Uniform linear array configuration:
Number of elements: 12
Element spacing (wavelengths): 0.25
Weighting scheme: uniform
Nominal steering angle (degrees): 60
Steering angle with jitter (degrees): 59.92
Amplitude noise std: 0.05
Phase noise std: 0.05

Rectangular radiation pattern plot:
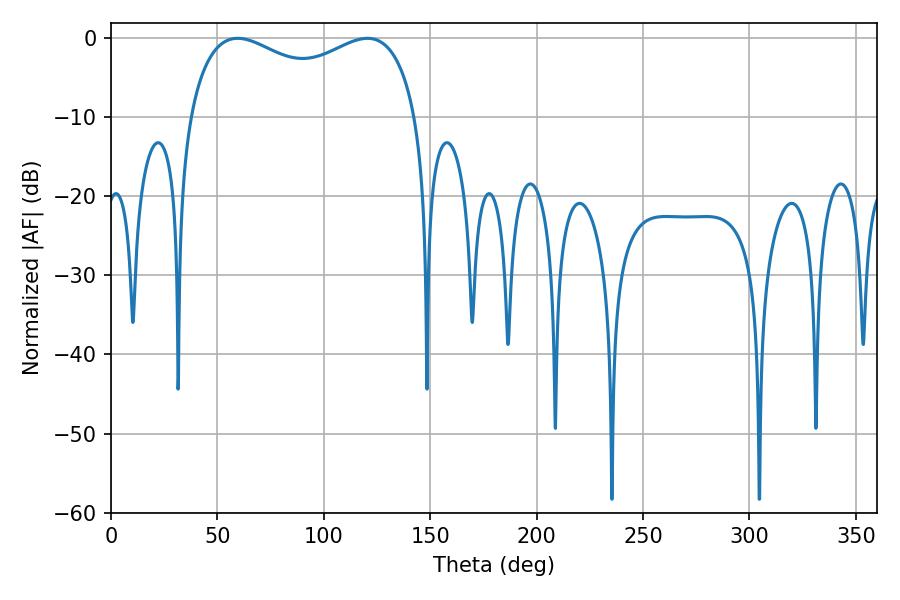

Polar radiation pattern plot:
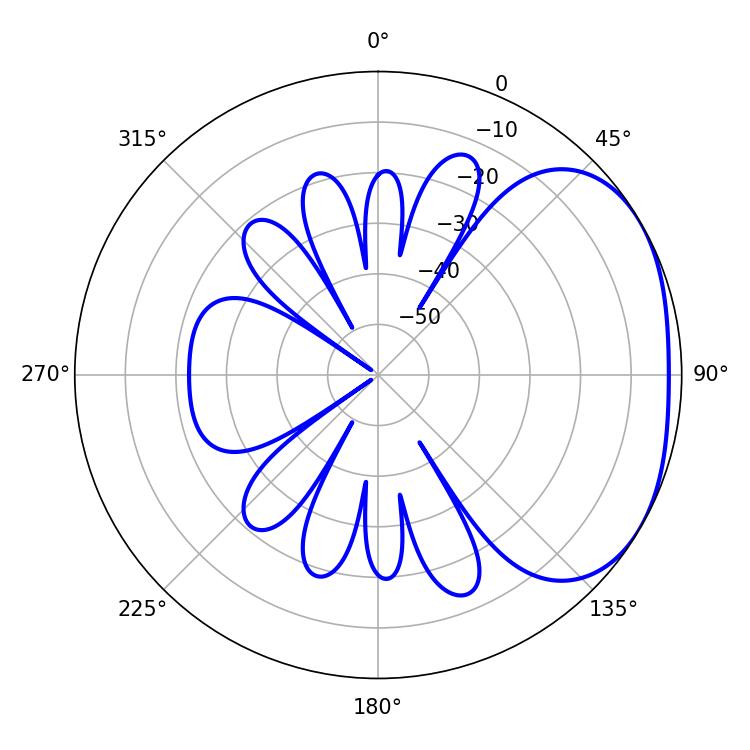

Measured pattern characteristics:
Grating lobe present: FALSE
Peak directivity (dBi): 2.459
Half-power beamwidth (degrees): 88.92
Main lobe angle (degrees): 120.42